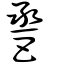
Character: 𢀿